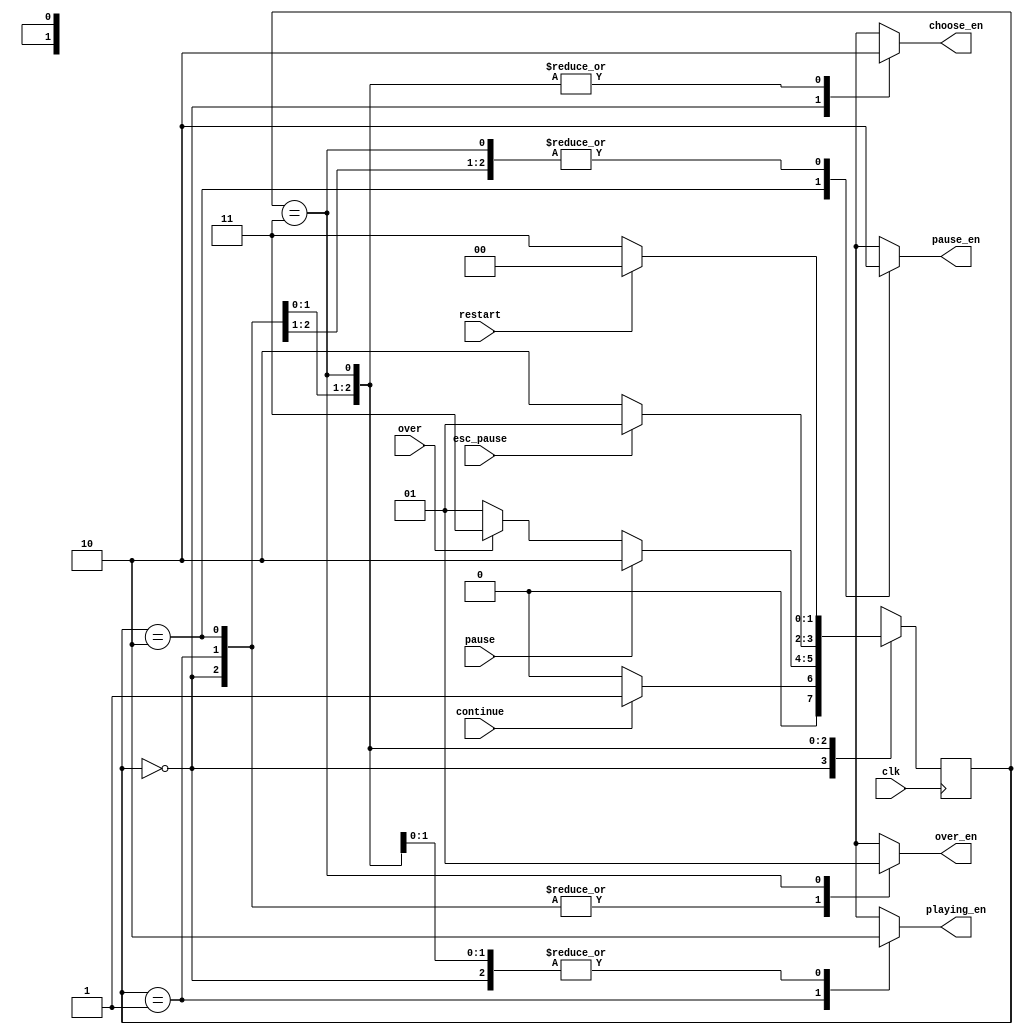
`timescale 1ns / 1ps

module FSM(
    input clk,
    input continue,
    input pause,
    input esc_pause,
    input restart,
    input over,

    output reg choose_en,
    output reg playing_en,
    output reg pause_en,
    output reg over_en
    );
    parameter CHOOSE  = 2'b00;
    parameter PLAYING = 2'b01;
    parameter PAUSE   = 2'b10;
    parameter OVER    = 2'b11;

    //status
    reg [1:0] crt, nxt;
    initial begin
        crt = CHOOSE;
        nxt = CHOOSE;
    end
    always @(posedge clk) begin
        crt <= nxt;
    end

    always @(*)begin
        case(crt)
        CHOOSE: begin
            if(continue) nxt = PLAYING;
            else nxt = CHOOSE;
        end
        PLAYING: begin
            if(pause) nxt = PAUSE;
            else if(over) nxt = OVER;
            else nxt = PLAYING;
        end
        PAUSE: begin
            if(esc_pause) nxt = PLAYING;
            else nxt = PAUSE;
        end
        OVER: begin
            if(restart) nxt = CHOOSE;
            else nxt = OVER;
        end
        default nxt = OVER;
        endcase
    end

    always @(*) begin
        case(crt)
        CHOOSE: begin
            choose_en <= 1;
            playing_en <= 0;
            pause_en <= 0;
            over_en <= 0;
        end
        PLAYING: begin
            choose_en <= 0;
            playing_en <= 1;
            pause_en <= 0;
            over_en <= 0;
        end
        PAUSE: begin
            choose_en <= 0;
            playing_en <= 0;
            pause_en <= 1;
            over_en <= 0;
        end
        OVER: begin
            choose_en <= 0;
            playing_en <= 0;
            pause_en <= 0;
            over_en <= 1;
        end
        endcase
    end
endmodule